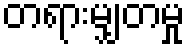
တရားမျှတမှု